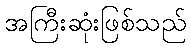
အကြီးဆုံးဖြစ်သည်